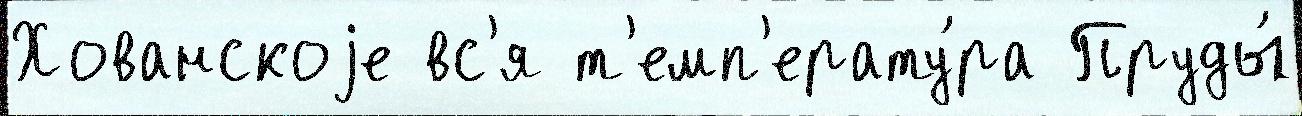
Хованскоjе вс'я т'емп'ерату́ра Пруды́